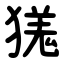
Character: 獇